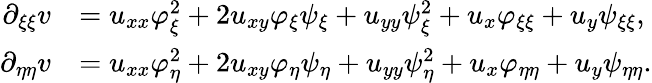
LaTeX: \begin{array}{rl}{\partial_{\xi\xi}v}&{=u_{xx}\varphi_{\xi}^{2}+2u_{xy}\varphi_{\xi}\psi_{\xi}+u_{yy}\psi_{\xi}^{2}+u_{x}\varphi_{\xi\xi}+u_{y}\psi_{\xi\xi},}\\ {\partial_{\eta\eta}v}&{=u_{xx}\varphi_{\eta}^{2}+2u_{xy}\varphi_{\eta}\psi_{\eta}+u_{yy}\psi_{\eta}^{2}+u_{x}\varphi_{\eta\eta}+u_{y}\psi_{\eta\eta}.}\end{array}